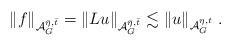
LaTeX: \begin{align*}\Vert f \Vert_{{\mathcal A}_G^{\bar{\eta},\bar{t}}}= \Vert Lu \Vert_{{\mathcal A}_G^{\bar{\eta},\bar{t}}} \lesssim \Vert u \Vert_{{\mathcal A}_G^{\eta,t}} \;.\end{align*}